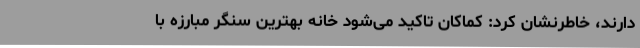
دارند، خاطرنشان کرد: کماکان تاکید می‌شود خانه بهترین سنگر مبارزه با